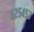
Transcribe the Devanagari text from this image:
६२५४५३